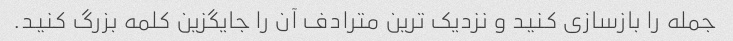
جمله را بازسازی کنید و نزدیک ترین مترادف آن را جایگزین کلمه بزرگ کنید.